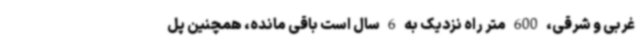
غربی و شرقی، 600 متر راه نزدیک به 6 سال است باقی مانده، همچنین پل